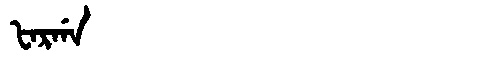
Manchu: ᡶᠠᡵᡤᠠ
Romanization: FARGA